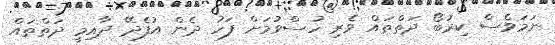
ނަމަވެސް ކިރުބޯ ދަތްތައް ވެރި ހުސްވުމަށް ފަހު ދެން އުފެދޭ ދާއިމީ ދަތްތައް